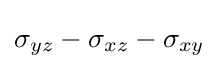
\sigma _{yz}-\sigma _{xz}-\sigma _{xy}